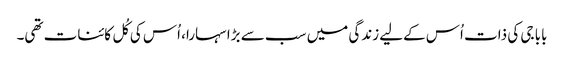
بابا جی کی ذات اُس کےلیے زندگی میں سب سے بڑا سہارا، اُس کی کُل کائنات تھی۔